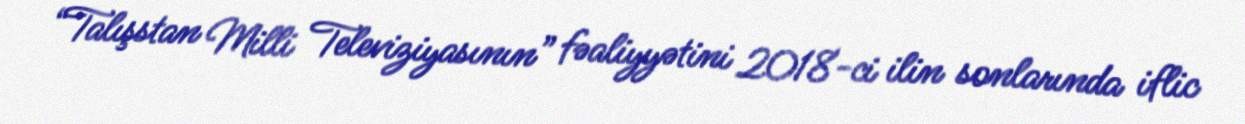
“Talışstan Milli Televiziyasının” fəaliyyətini 2018-ci ilin sonlarında iflic